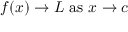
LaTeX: f ( x ) \to L { \mathrm { ~ a s ~ } } x \to c